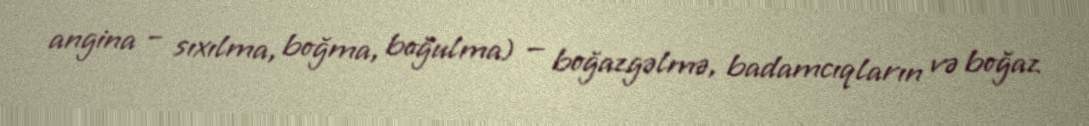
angina – sıxılma, boğma, boğulma) — boğazgəlmə, badamcıqların və boğaz